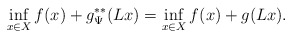
\begin{align*}\inf_{x\in X} f(x) + g^{**}_\Psi (Lx) = \inf_{x\in X} f(x) + g (Lx).\end{align*}